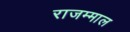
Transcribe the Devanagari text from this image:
राजम्माल